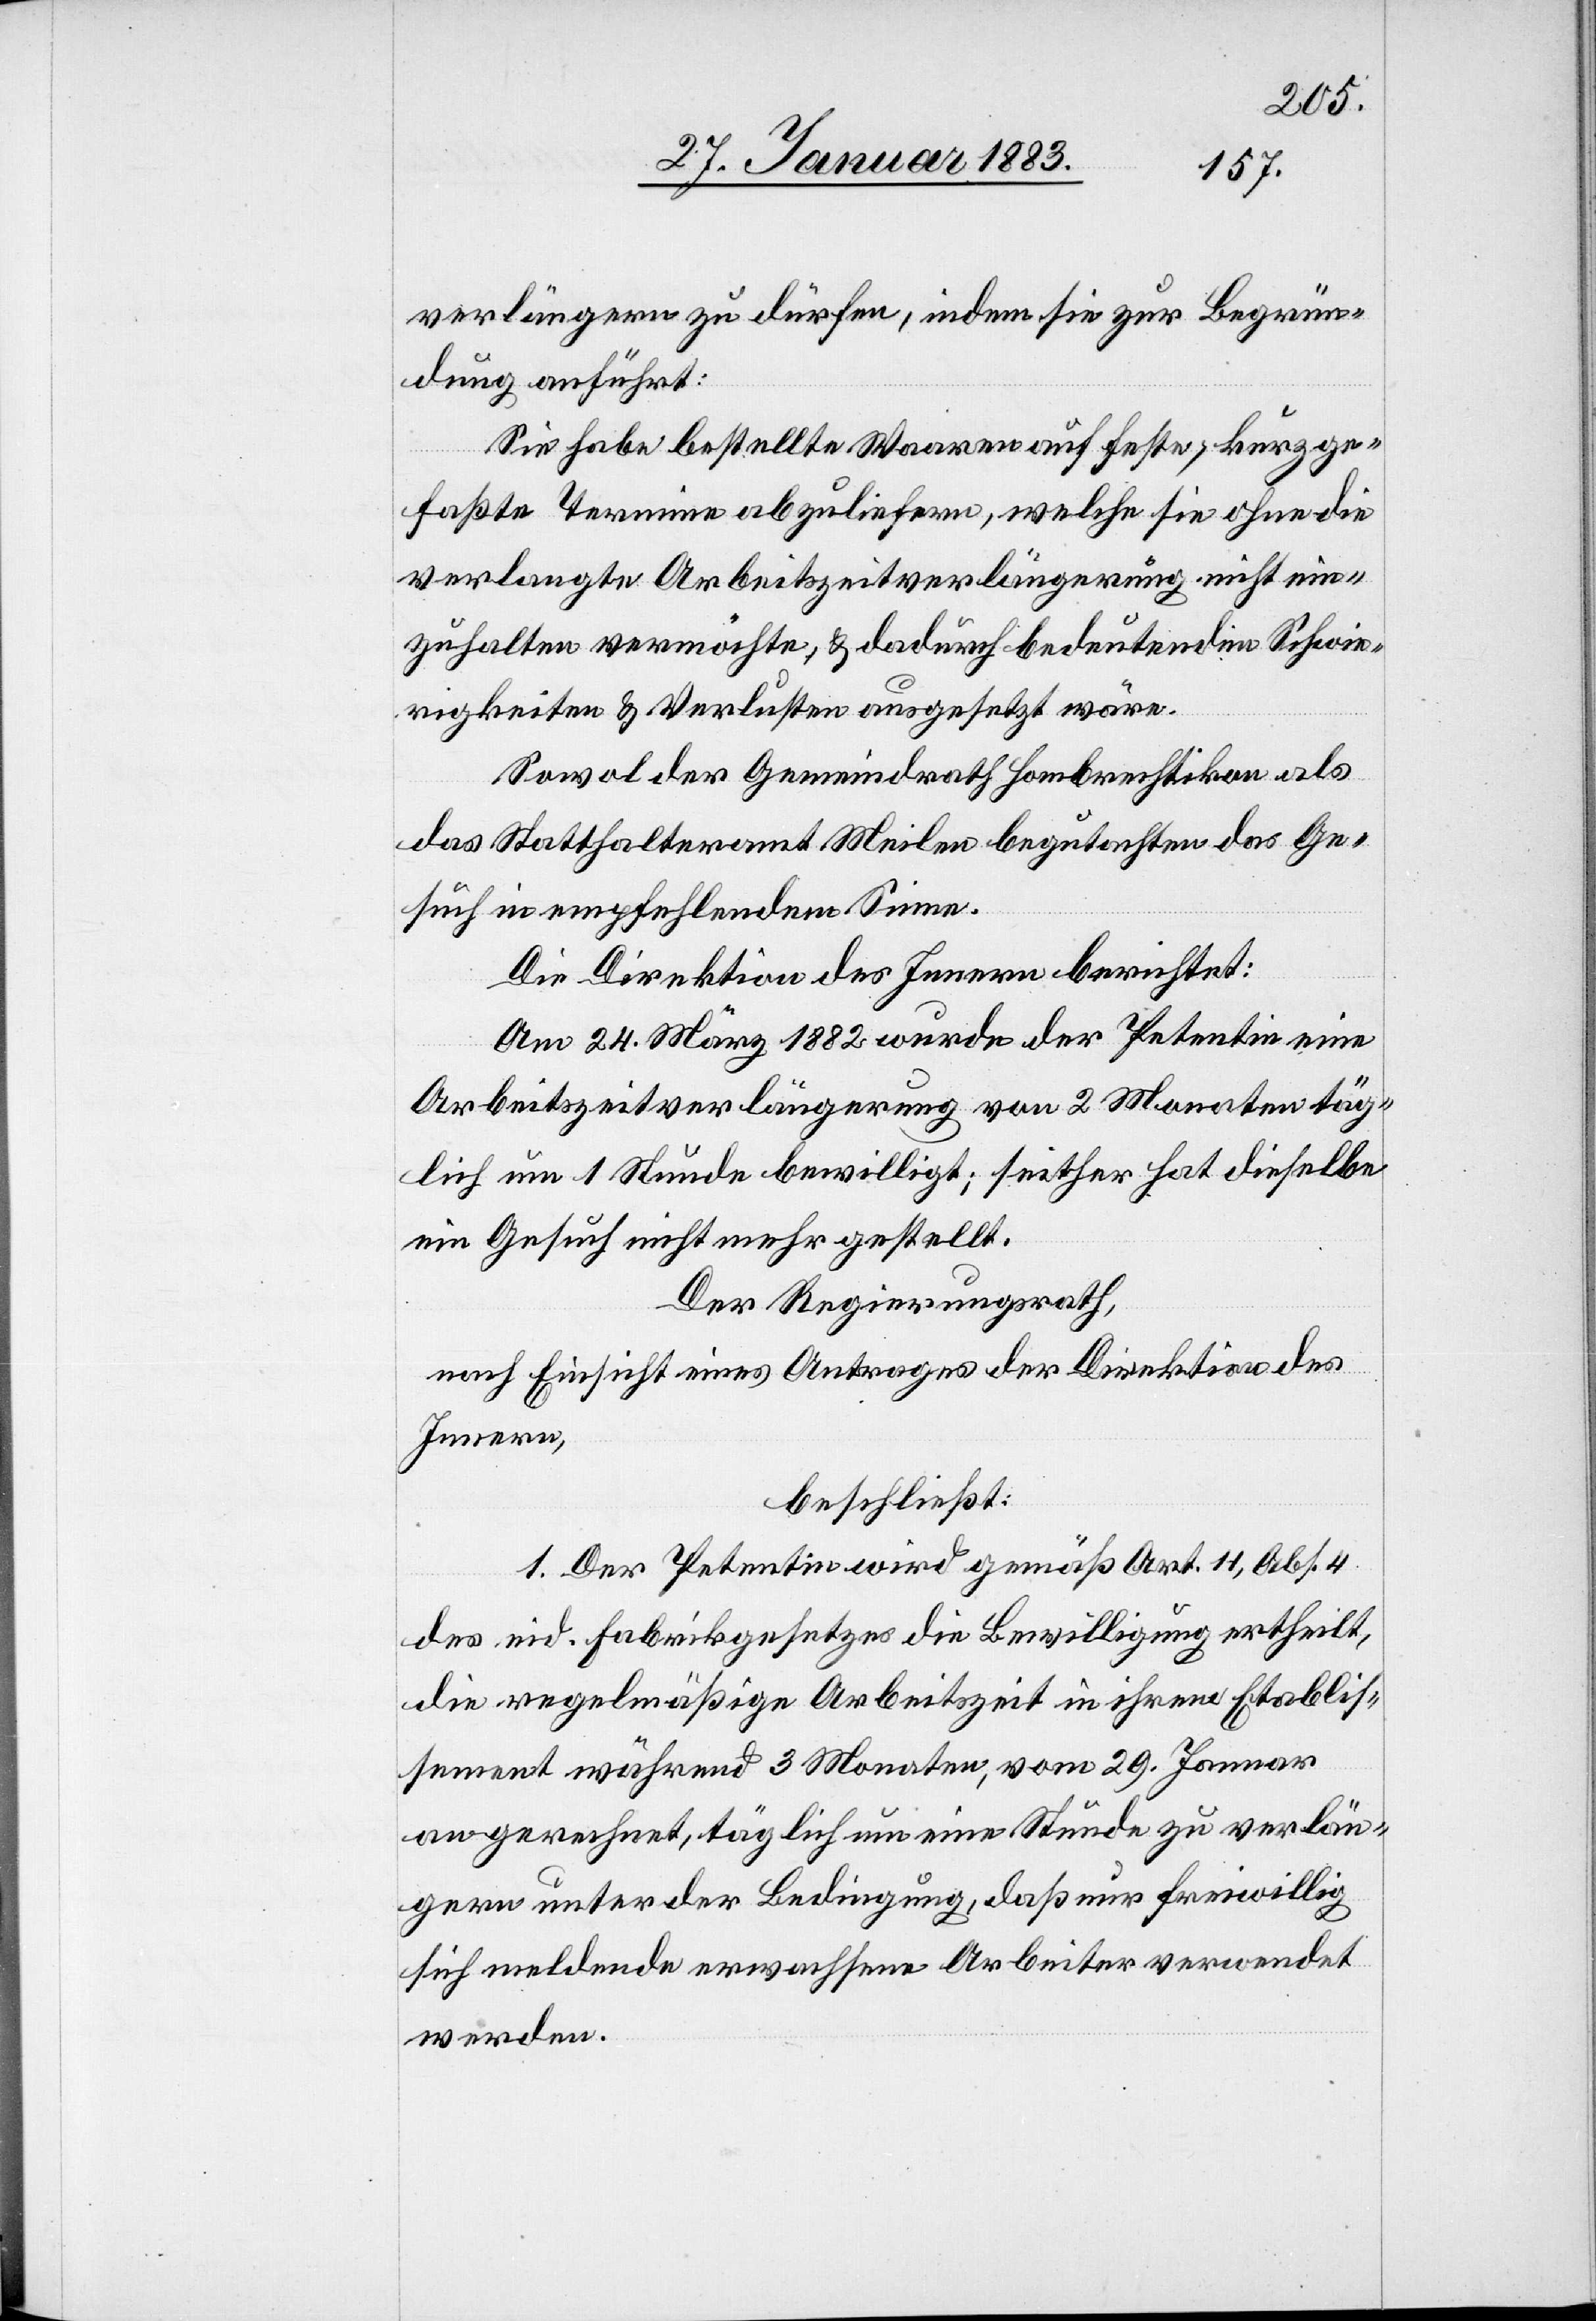
verlängern zu dürfen, indem sie zur Begrün¬
dung anführt:
Sie habe bestellte Waaren auf feste, kurz ge¬
faßte Termine abzuliefern, welche sie ohne die
verlangte Arbeitszeitverlängerung nicht ein¬
zuhalten vermöchte, & dadurch bedeutenden Schwie¬
rigkeiten & Verlusten ausgesetzt wäre.
Sowol der Gemeindrath Hombrechtikon als
das Statthalteramt Meilen begutachten das Ge¬
such in empfehlendem Sinne.
Die Direktion des Innern berichtet:
Am 24. März 1882 wurde der Petentin eine
Arbeitszeitverlängerung von 2 Monaten täg¬
lich um 1 Stunde bewilligt; seither hat dieselbe
ein Gesuch nicht mehr gestellt.
Der Regierungsrath,
nach Einsicht eines Antrages der Direktion des
Innern,
beschließt:
1. Der Petentin wird gemäß Art. 11, Abs. 4
des eid. Fabrikgesetzes die Bewilligung ertheilt,
die regelmäßige Arbeitszeit in ihrem Etablis¬
sement während 3 Monaten, vom 29. Januar
an gerechnet, täglich um eine Stunde zu verlän¬
gern unter der Bedingung, daß nur freiwillig
sich meldende erwachsene Arbeiter verwendet
werden.